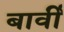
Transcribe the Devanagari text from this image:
बार्वी